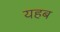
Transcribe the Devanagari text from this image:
यहब